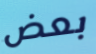
بعض